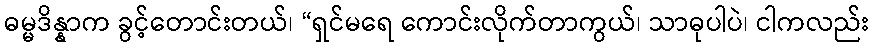
ဓမ္မဒိန္နာက ခွင့်တောင်းတယ်၊ “ရှင်မရေ ကောင်းလိုက်တာကွယ်၊ သာဓုပါပဲ၊ ငါကလည်း